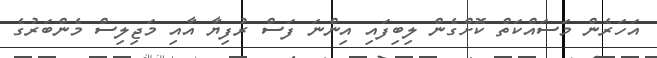
އަހަރެން މަސައްކަތް ކޮށްގެން ލިބިފައި އިންނަ ފަސް ރުފިޔާ އާއި މަޖިލިސް މެންބަރުގެ